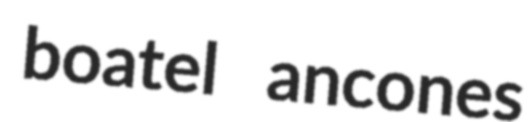
boatel ancones